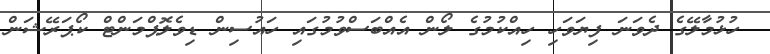
ހުޅުމާލޭގެ ދެވަނަ ފިޔަވަހި ހިއްކުމުގެ ލޯން އެއްބަސްވުމުގައި ހައުސިން ޑިވެލޮޕްމަންޓް ކޯޕަރޭޝަން